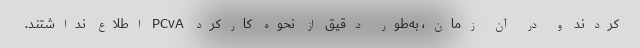
کردند و در آن زمان، به‌طور دقیق از نحوه کارکرد PC۷A اطلاع نداشتند.